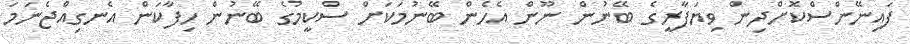
ފައިނޭންސްކޮށްދިން ވިޔަފާރީގެ ބޭނުން ނޫން އެހެން ބޭނުމަކަށް ސްކީމުގެ ބޭނުން ހިފާކަން އެނގިއްޖެނަމަ